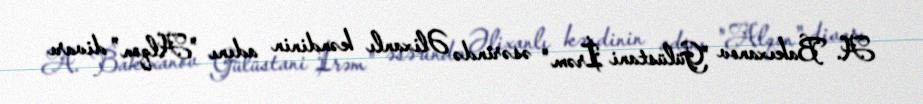
A. Bakıxanov "Gülüstani İrəm" əsərində Əlixanlı kəndinin adını "Alqon" divarı